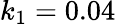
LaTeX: k_{1}=0.04